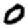
Digit: 0